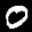
Label: 0